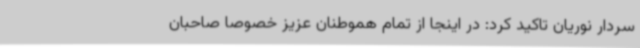
سردار نوریان تاکید کرد: در اینجا از تمام هموطنان عزیز خصوصا صاحبان